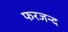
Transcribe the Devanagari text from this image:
फरजन्द